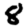
Digit: 8